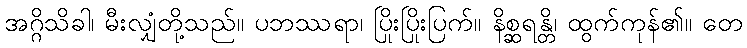
အဂ္ဂိသိခါ၊ မီးလျှံတို့သည်။ ပဘဿရာ၊ ပြိုးပြိုးပြက်။ နိစ္ဆရန္တိ၊ ထွက်ကုန်၏။ တေ